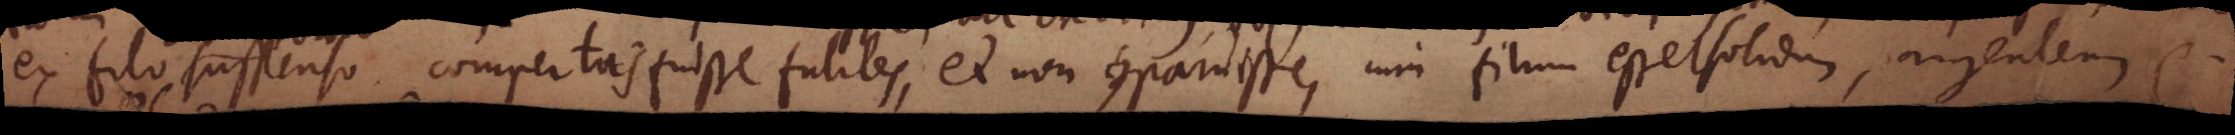
ex filo suspenso compertas fuisse futiles, et non comparuisse, cum filum esset solidum, argenteum etc.